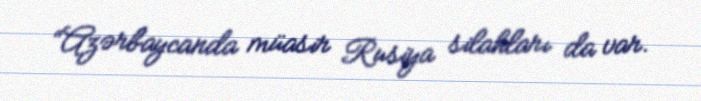
“Azərbaycanda müasir Rusiya silahları da var.